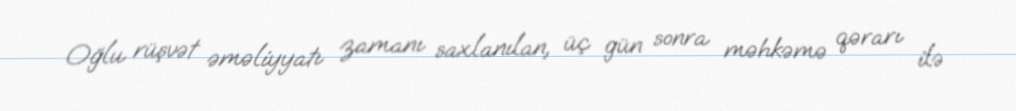
Oğlu rüşvət əməliyyatı zamanı saxlanılan, üç gün sonra məhkəmə qərarı ilə